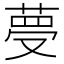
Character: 𦴋